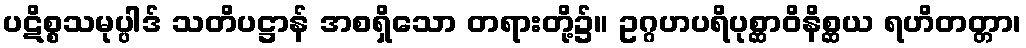
ပဋိစ္စသမုပ္ပါဒ် သတိပဋ္ဌာန် အစရှိသော တရားတို့၌။ ဥဂ္ဂဟပရိပုစ္ဆာဝိနိစ္ဆယ ရဟိတတ္တာ၊